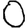
Digit: 0